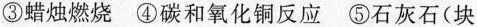
③蜡烛燃烧 ④碳和氧化铜反应 ⑤石灰石(块